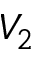
V _ { 2 }